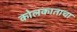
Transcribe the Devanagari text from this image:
कोलकाताचा